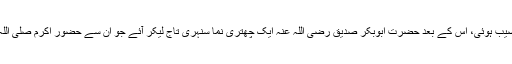
وہیں پر مجھے حضرات خلفاء راشدین اور عشرہ مبشرہ رضی اللہ تعالیٰ علیہم کی زیارت نصیب ہوئی، اس کے بعد حضرت ابوبکر صدیق رضی اللہ عنہ ایک چھتری نما سنہری تاج لیکر آئے جو ان سے حضور اکرم صلّی اللہ علیہ وسلم نے لے لیا اور حضرت پیر مٹھا رحمۃ اللہ کے سر مبارک پر رکھا ارشاد فرمایا!